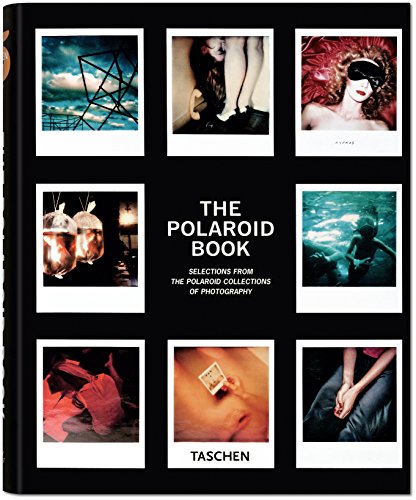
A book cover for The Polaroid Book; Barbara Hitchcock; Arts & Photography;